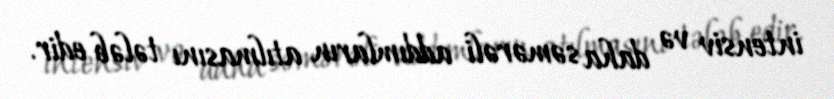
intensiv və daha səmərəli addımların atılmasını tələb edir.